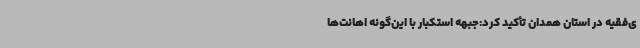
ی‌فقیه در استان همدان تأکید کرد:جبهه استکبار با این‌گونه اهانت‌ها